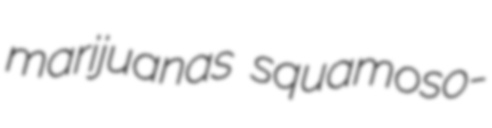
marijuanas squamoso-